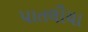
પાતલીયા